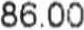
86.00